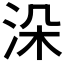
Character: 𣳼